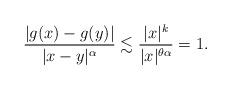
LaTeX: \begin{align*}{|g(x) - g(y)| \over |x-y|^\alpha} \lesssim {|x|^k \over |x|^{\theta\alpha}} = 1.\end{align*}